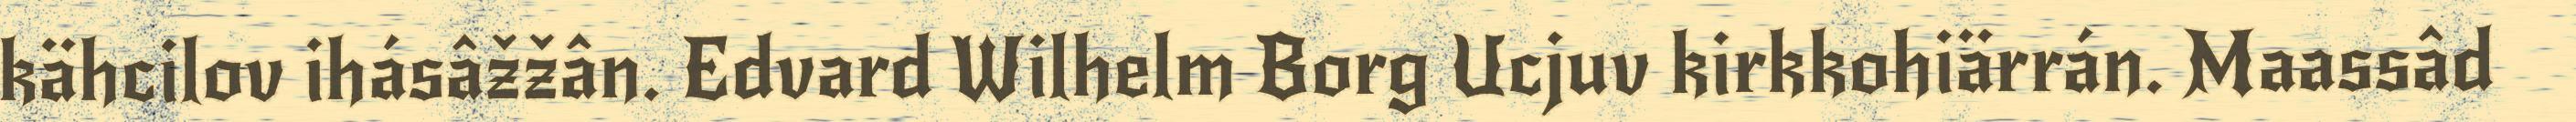
kähcilov ihásâžžân. Edvard Wilhelm Borg Ucjuv kirkkohiärrán. Maassâd